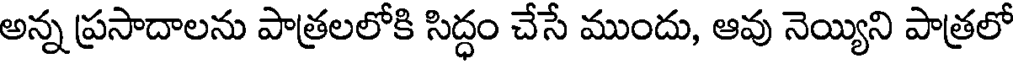
అన్న ప్రసాదాలను పాత్రలలోకి సిద్ధం చేసే ముందు, ఆవు నెయ్యిని పాత్రలో